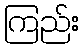
ကြည်း